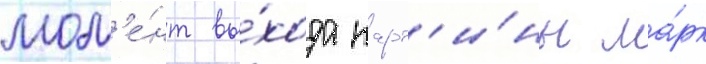
мом'е́нт вы́хода карт'и́ны ма́рк